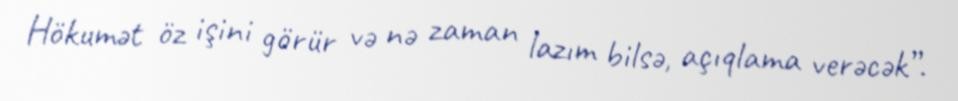
Hökumət öz işini görür və nə zaman lazım bilsə, açıqlama verəcək”.